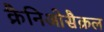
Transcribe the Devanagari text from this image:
क्रैनिओसैक्रल